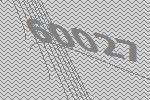
60027